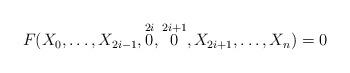
LaTeX: \begin{align*}F(X_0, \dots , X_{2i-1}, \overset{2i}{0}, \overset{2i+1}{0}, X_{2i+1}, \dots , X_n) = 0\end{align*}